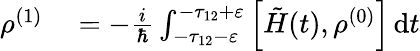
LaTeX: \begin{array}{rl}{\rho^{(1)}}&{{}=-\frac{i}{\hbar}\int_{-\tau_{12}-\varepsilon}^{-\tau_{12}+\varepsilon}\left[\tilde{H}(t),\rho^{(0)}\right]\, \mathrm{d}t}\end{array}